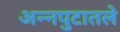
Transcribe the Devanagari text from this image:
अन्नपुटातले